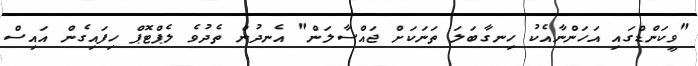
"ވީކަންޑްގައި އަހަންނާއެކު ހިނގާބަލަ ތަނަކަށް ޖައްސާލަން" އެނދުން ތެދުވެ ލެޕްޓޮޕް ހިފައިގެން އައިސް